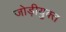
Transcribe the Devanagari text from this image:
जोड़ीयुक्त